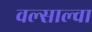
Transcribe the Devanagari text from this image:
वल्साल्वा